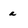
Character: a